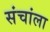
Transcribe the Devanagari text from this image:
संचांला